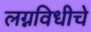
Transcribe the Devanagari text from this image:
लग्नविधीचे